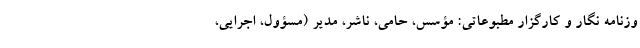
وزنامه نگار و کارگزار مطبوعاتی: مؤسس، حامی، ناشر، مدیر (مسؤول، اجرایی،